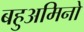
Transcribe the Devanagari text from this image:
बहुअमिनो